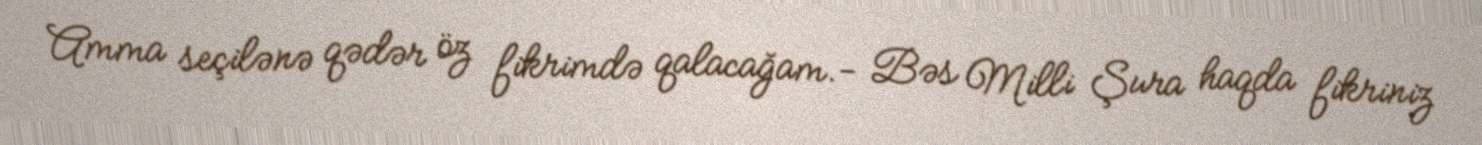
Amma seçilənə qədər öz fikrimdə qalacağam.- Bəs Milli Şura haqda fikriniz